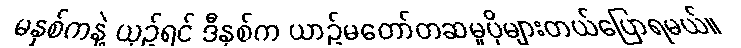
မနှစ်ကနဲ့ ယှဉ်ရင် ဒီနှစ်က ယာဉ်မတော်တဆမှုပိုများတယ်ပြောရမယ်။